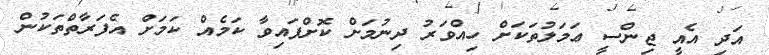
އަދި އެއީ ޖިންސީ ޢަމަލުތަކަށް ހިއްވަރު ދިނުމަށް ކޮށްފައިވާ ކަމެއް ކަމަށް އެފަރާތްތަކުން